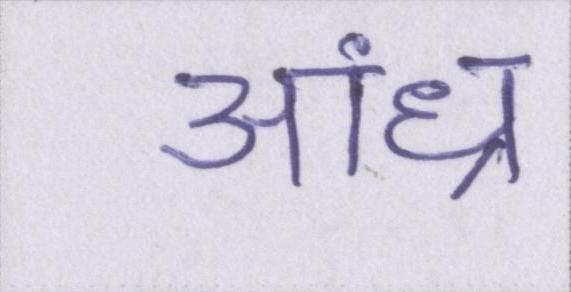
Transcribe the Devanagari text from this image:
आंध्र